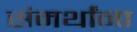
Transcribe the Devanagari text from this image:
संमर्थांना